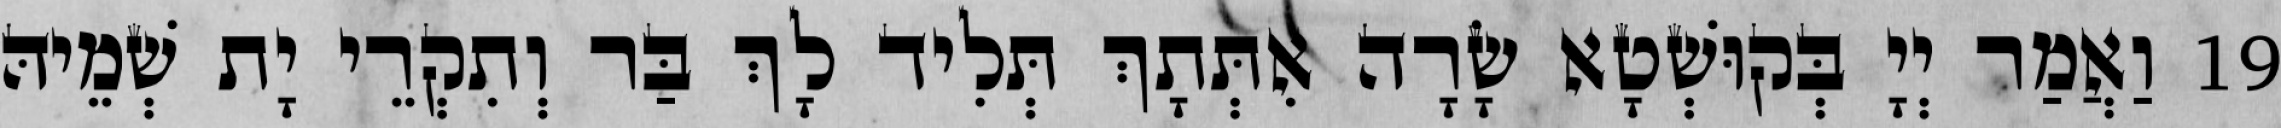
19 וַאֲמַר יְיָ בְּקוּשְׁטָא שָׂרָה אִתְּתָךְ תְּלִיד לָךְ בַּר וְתִקְרֵי יָת שְׁמֵיהּ